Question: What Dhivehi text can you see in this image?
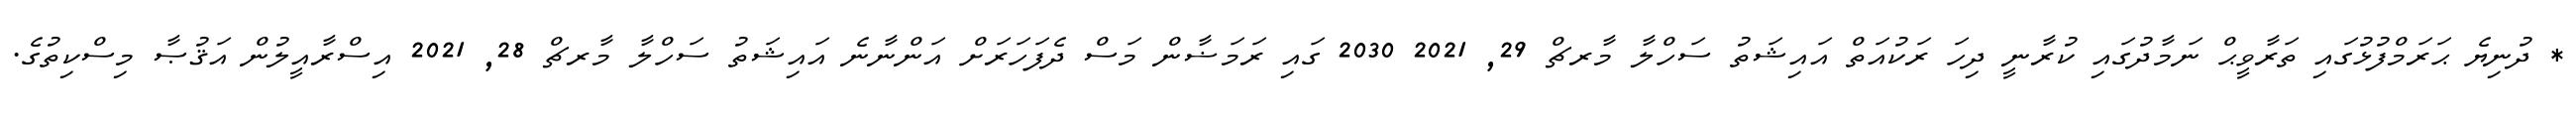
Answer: * ދުނިޔެ ޙަރަމްފުޅުގައި ތަރާވީޙް ނަމާދުގައި ކުރާނީ ދިހަ ރަކުއަތް އައިޝަތު ސަހްލާ މާރޗް 29, 2021 2030 ގައި ރަމަޟާން މަސް ދެފަހަރަށް އަންނާނެ އައިޝަތު ސަހްލާ މާރޗް 28, 2021 އިސްރާއީލުން އަޤުޞާ މިސްކިތުގެ.